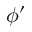
\phi ^ { \prime }